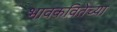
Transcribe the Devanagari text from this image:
भावकवितेच्या